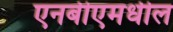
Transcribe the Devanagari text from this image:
एनबीएमधील